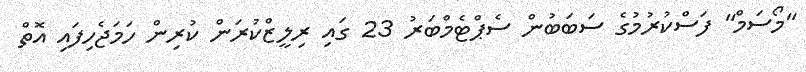
"މޯސަމް" ފަސްކުރުމުގެ ސަބަބުން ސެޕްޓެމްބަރު 23 ގައި ރިލީޒްކުރަން ކުރިން ހަމަޖެހިފައި އޮތް